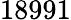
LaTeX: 18991